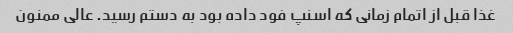
غذا قبل از اتمام زمانی که اسنپ فود داده بود به دستم رسید. عالی ممنون